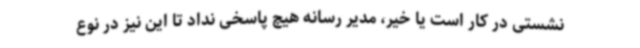
نشستی در کار است یا خیر، مدیر رسانه هیچ پاسخی نداد تا این نیز در نوع